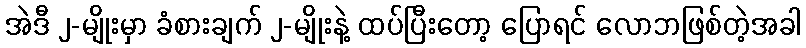
အဲဒီ ၂-မျိုးမှာ ခံစားချက် ၂-မျိုးနဲ့ ထပ်ပြီးတော့ ပြောရင် လောဘဖြစ်တဲ့အခါ